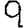
Digit: 9